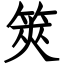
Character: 筴